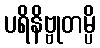
ပရိနိဗ္ဗုတမ္ပိ